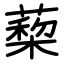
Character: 蔾